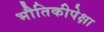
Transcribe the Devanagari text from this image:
भौतिकीपेक्षा